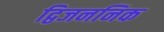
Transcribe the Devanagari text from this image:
द्विजननिक